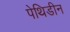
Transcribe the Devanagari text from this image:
पेथिडीन